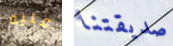
عليه صديقتنا